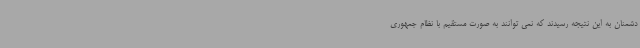
دشمنان به این نتیجه رسیدند که نمی توانند به صورت مستقیم با نظام جمهوری